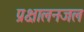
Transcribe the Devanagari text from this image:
प्रक्षालनजल